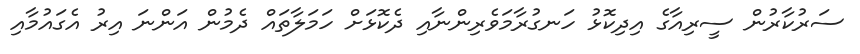
ސަރުކާރުން ސީރިއާގެ އިދިކޮޅު ހަނގުރާމަވެރިންނާއި ދެކޮޅަށް ހަމަލާތައް ދެމުން އަންނަ އިރު އެގައުމާއި